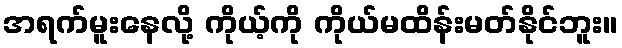
အရက်မူးနေလို့ ကိုယ့်ကို ကိုယ်မထိန်းမတ်နိုင်ဘူး။